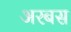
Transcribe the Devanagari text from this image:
अरबस